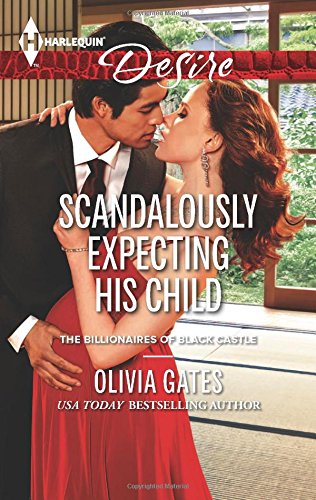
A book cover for Scandalously Expecting His Child (The Billionaires of Black Castle); Olivia Gates; Romance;